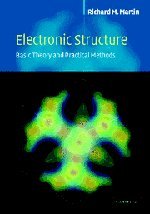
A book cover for Electronic Structure: Basic Theory and Practical Methods (Vol 1); Richard M. Martin; Science & Math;